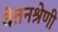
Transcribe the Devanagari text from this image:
वेतनश्रेणी